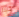
كيلر